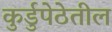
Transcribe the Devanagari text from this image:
कुर्डुपेठेतील